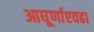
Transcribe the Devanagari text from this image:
आघूर्णाएवढा